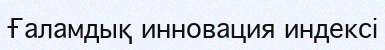
Ғаламдық инновация индексі